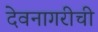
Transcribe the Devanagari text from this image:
देवनागरीची